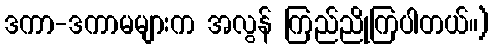
ဒကာ-ဒကာမများက အလွန် ကြည်ညိုကြပါတယ်။)